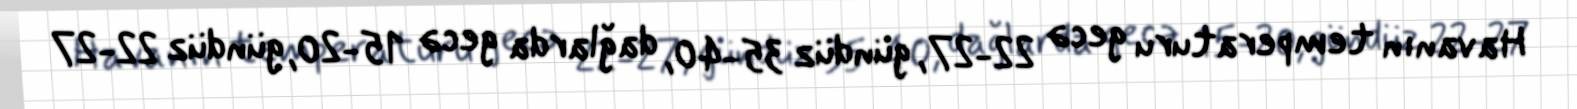
Havanın temperaturu gecə 22-27, gündüz 35-40, dağlarda gecə 15-20, gündüz 22-27